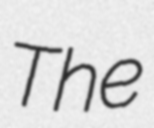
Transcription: The